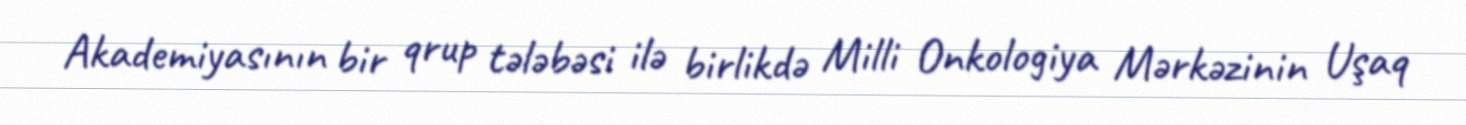
Akademiyasının bir qrup tələbəsi ilə birlikdə Milli Onkologiya Mərkəzinin Uşaq